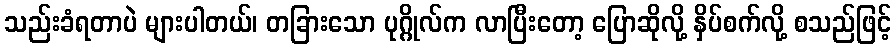
သည်းခံရတာပဲ များပါတယ်၊ တခြားသော ပုဂ္ဂိုလ်က လာပြီးတော့ ပြောဆိုလို့ နှိပ်စက်လို့ စသည်ဖြင့်